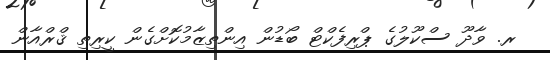
ރ. ވާދޫ ސްކޫލުގެ ޕްރިފެކްޓް ބޯޑުން އިންތިޒާމުކޮށްގެން ކީރިތި ޤްރްއާން